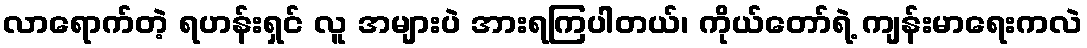
လာရောက်တဲ့ ရဟန်းရှင် လူ အများပဲ အားရကြပါတယ်၊ ကိုယ်တော်ရဲ့ ကျန်းမာရေးကလဲ